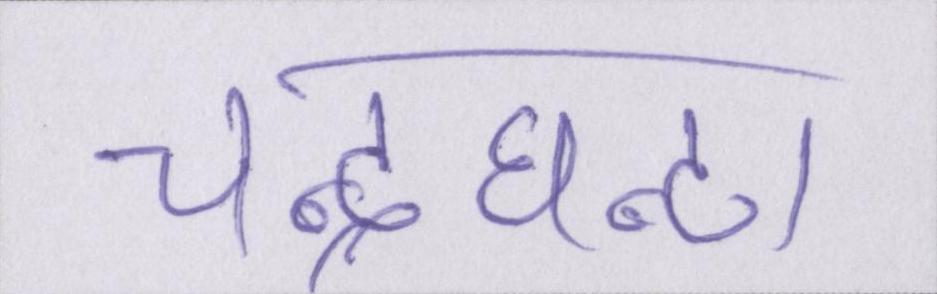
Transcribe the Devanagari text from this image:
चन्द्रघन्टा